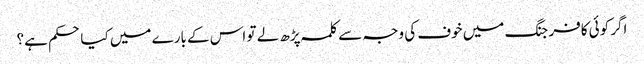
اگر کوئی کافر جنگ میں خوف کی وجہ سے کلمہ پڑھ لے تو اس کے بارے میں کیا حکم ہے؟